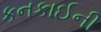
કનકાઈની